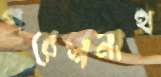
পরেশনাথ